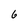
Character: 6